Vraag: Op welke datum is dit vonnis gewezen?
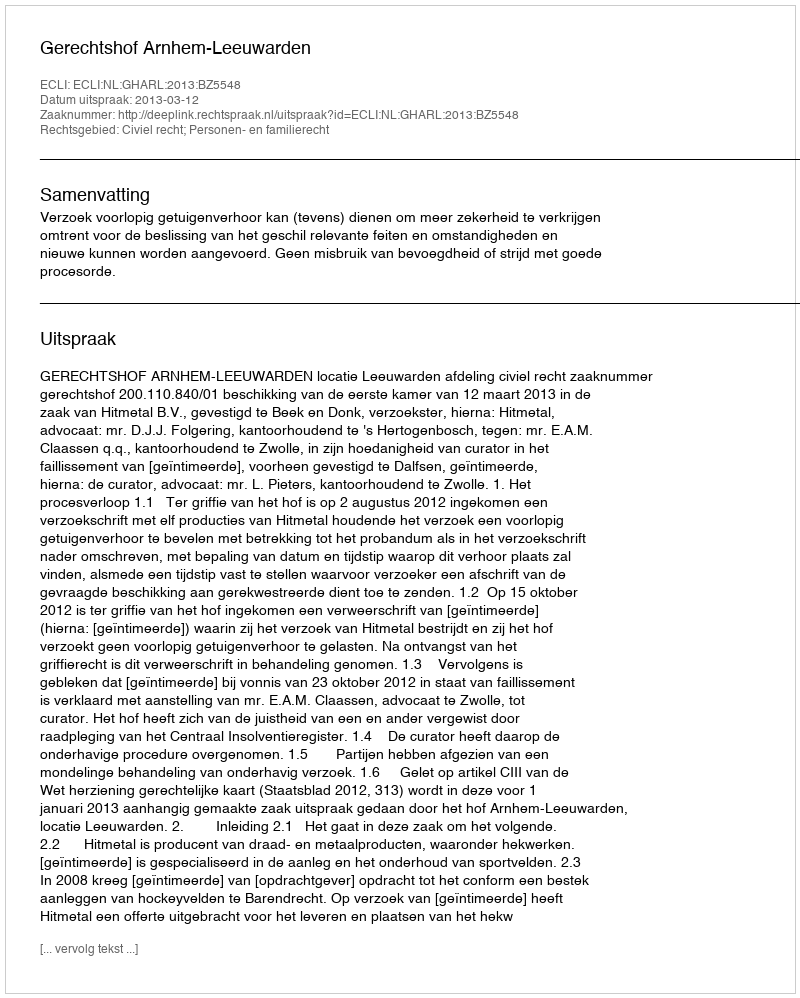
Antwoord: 2013-03-12